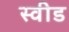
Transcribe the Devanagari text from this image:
स्वीड